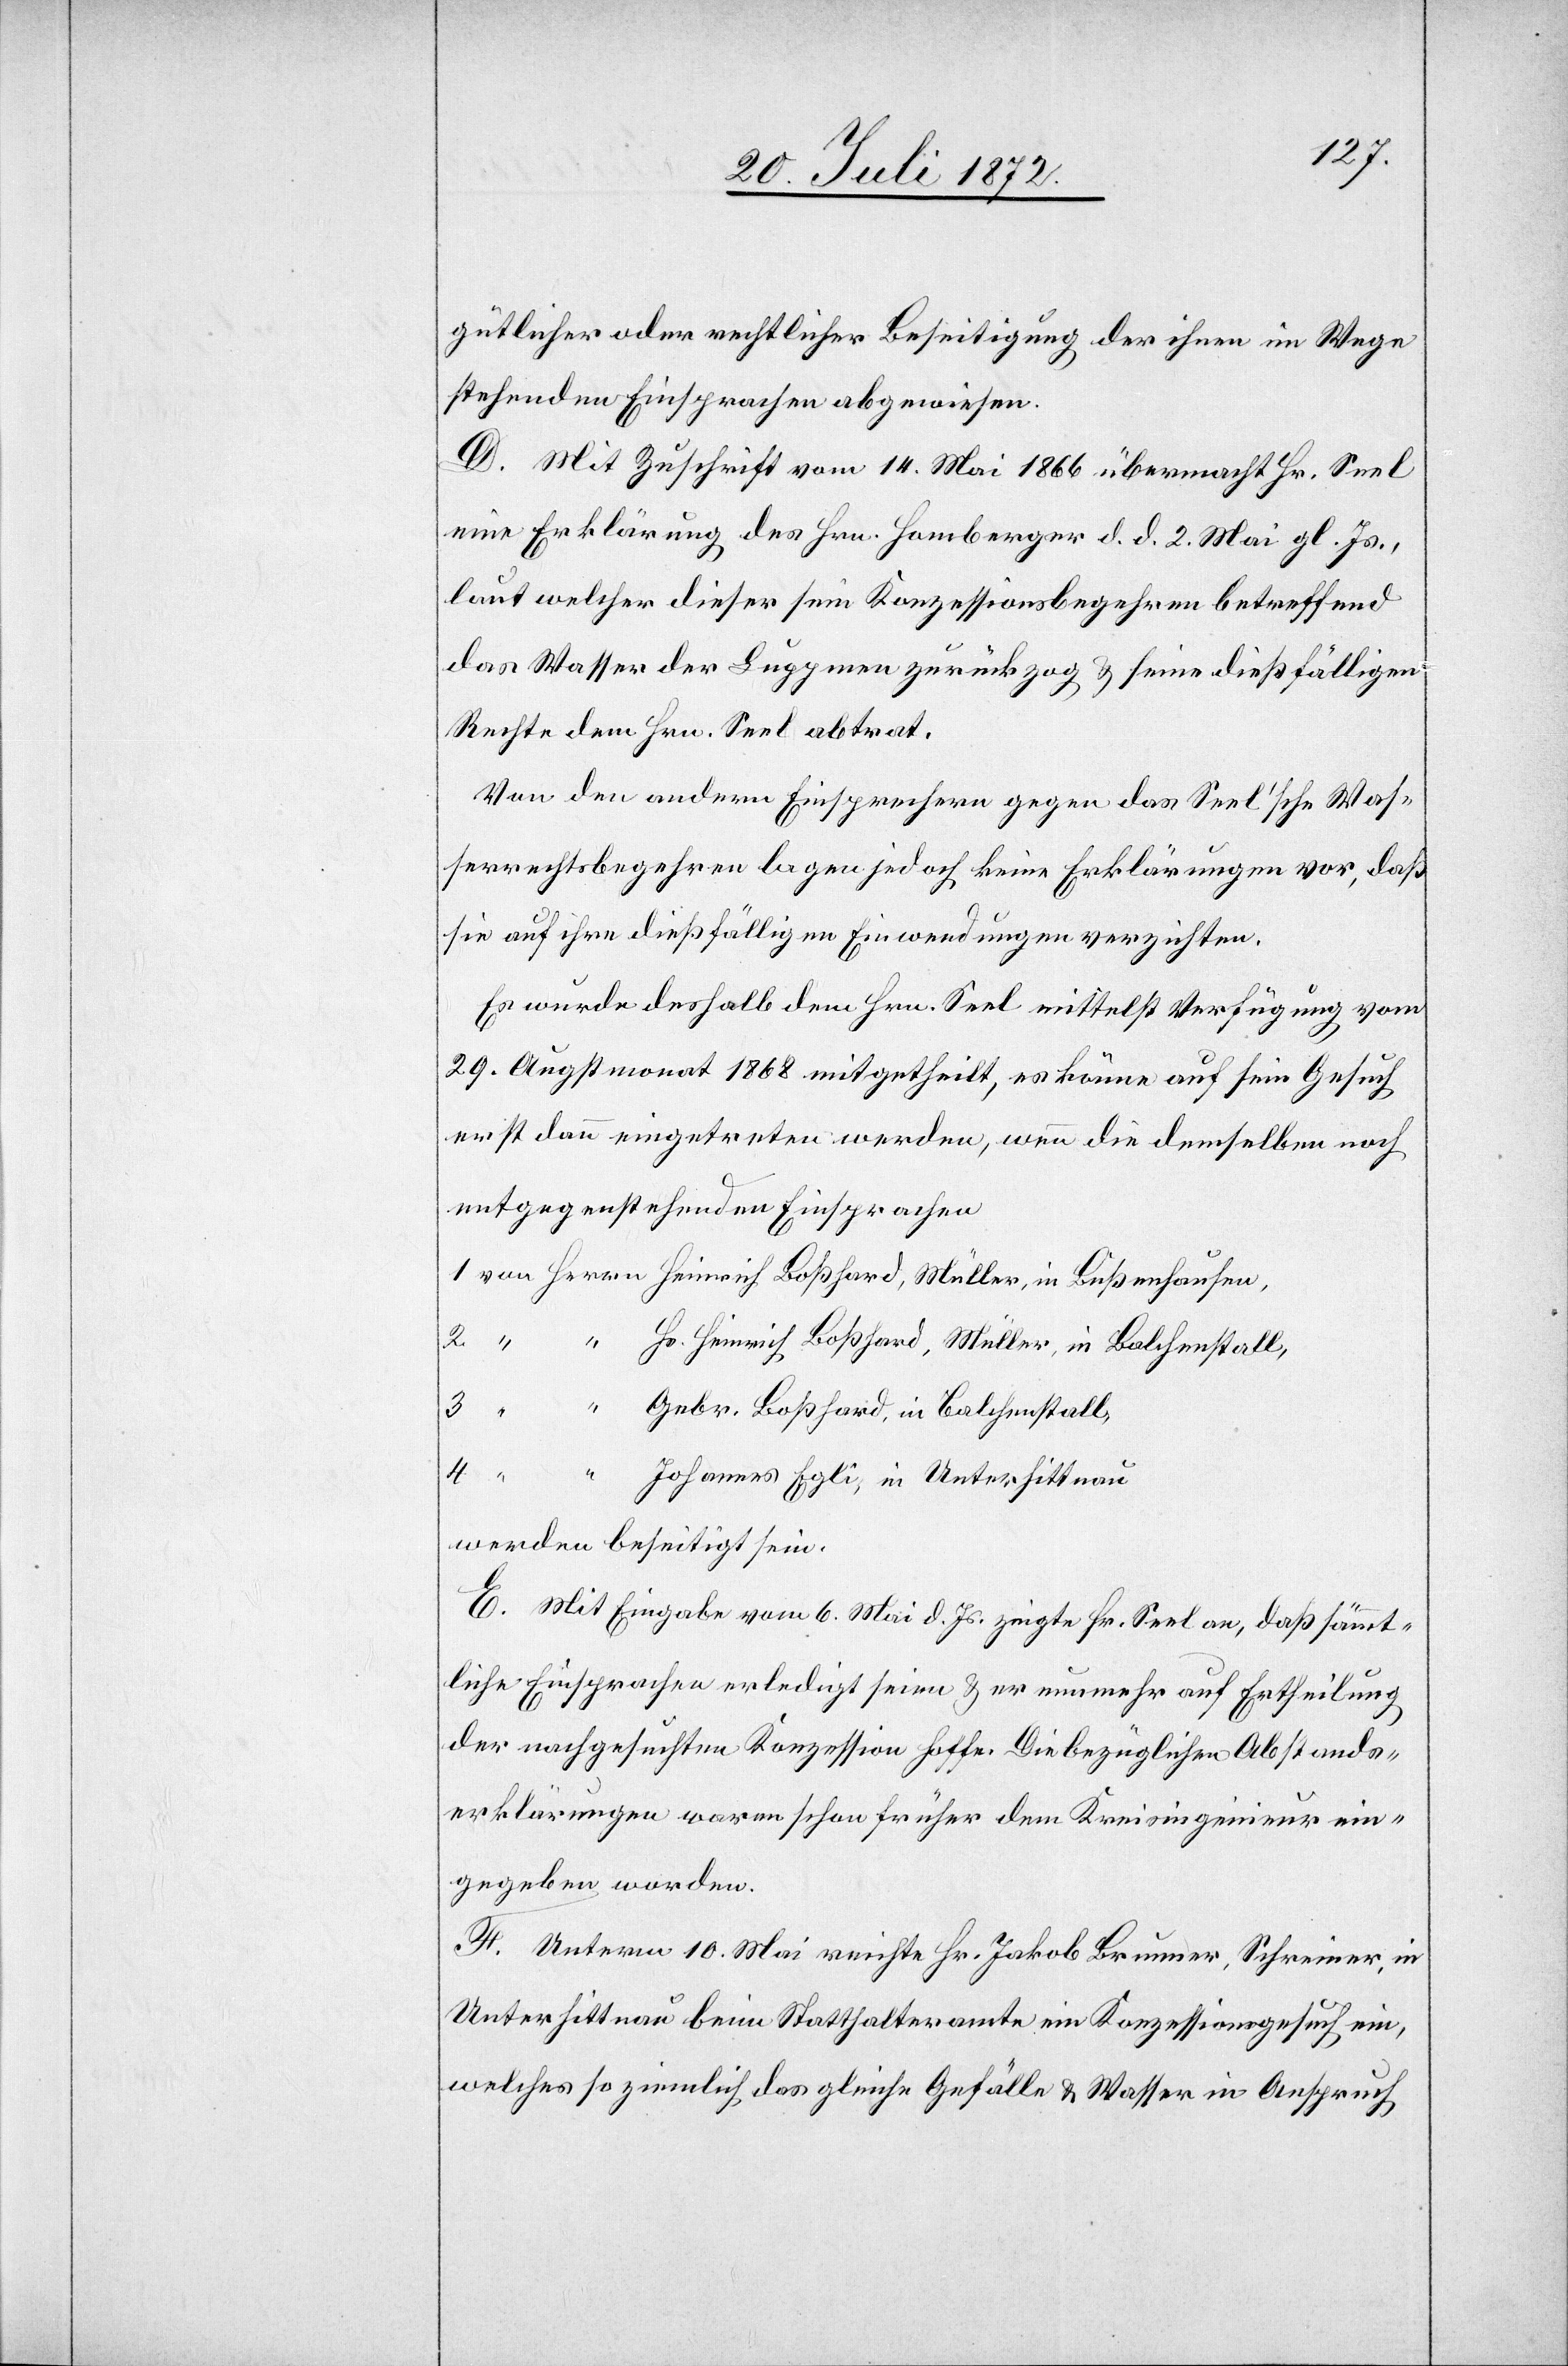
gütlicher oder rechtlicher Beseitigung der ihnen im Wege
stehenden Einsprachen abgewiesen.
D. Mit Zuschrift vom 14. Mai 1866 übermacht Hr. Seel
eine Erklärung des Hrn. Homberger d. d. 2. Mai gl. Js.,
laut welcher dieser sein Konzessionsbegehren betreffend
das Wasser der Luppmen zurückzog u. seine dießfälligen
Rechte dem Hrn. Seel abtrat.
Von den andern Einsprechern gegen das Seel’sche Was¬
serrechtsbegehren lagen jedoch keine Erklärungen vor, daß
sie auf ihre dießfälligen Einwendungen verzichten.
Es wurde deshalb dem Hrn. Seel mittelst Verfügung vom
29. Augstmonat 1868 mitgetheilt, es könne auf sein Gesuch
erst dann eingetreten werden, wenn die demselben noch
entgegenstehenden Einsprachen
2
Hs. Heinrich Boßhard, Müller, in Balchenstall,
4
usen,
Gebr. Boßhard, in Balchenstall,
Johannes Egli, in Unterhittnau
werden beseitigt sein.
E. Mit Eingabe vom 6. Mai d. Js. zeigte Hr. Seel an, daß sämmt¬
liche Einsprachen erledigt seien u. er nunmehr auf Ertheilung
der nachgesuchten Konzession hoffe. Die bezüglichen Abstands¬
erklärungen waren schon früher dem Kreisingenieur ein¬
gegeben worden.
F. Unterm 10. Mai reichte Hr. Jakob Brunner, Schreiner, in
Unterhittnau beim Statthalteramte ein Konzessionsgesuch ein,
welches so ziemlich das gleiche Gefälle u. Wasser in Anspruch